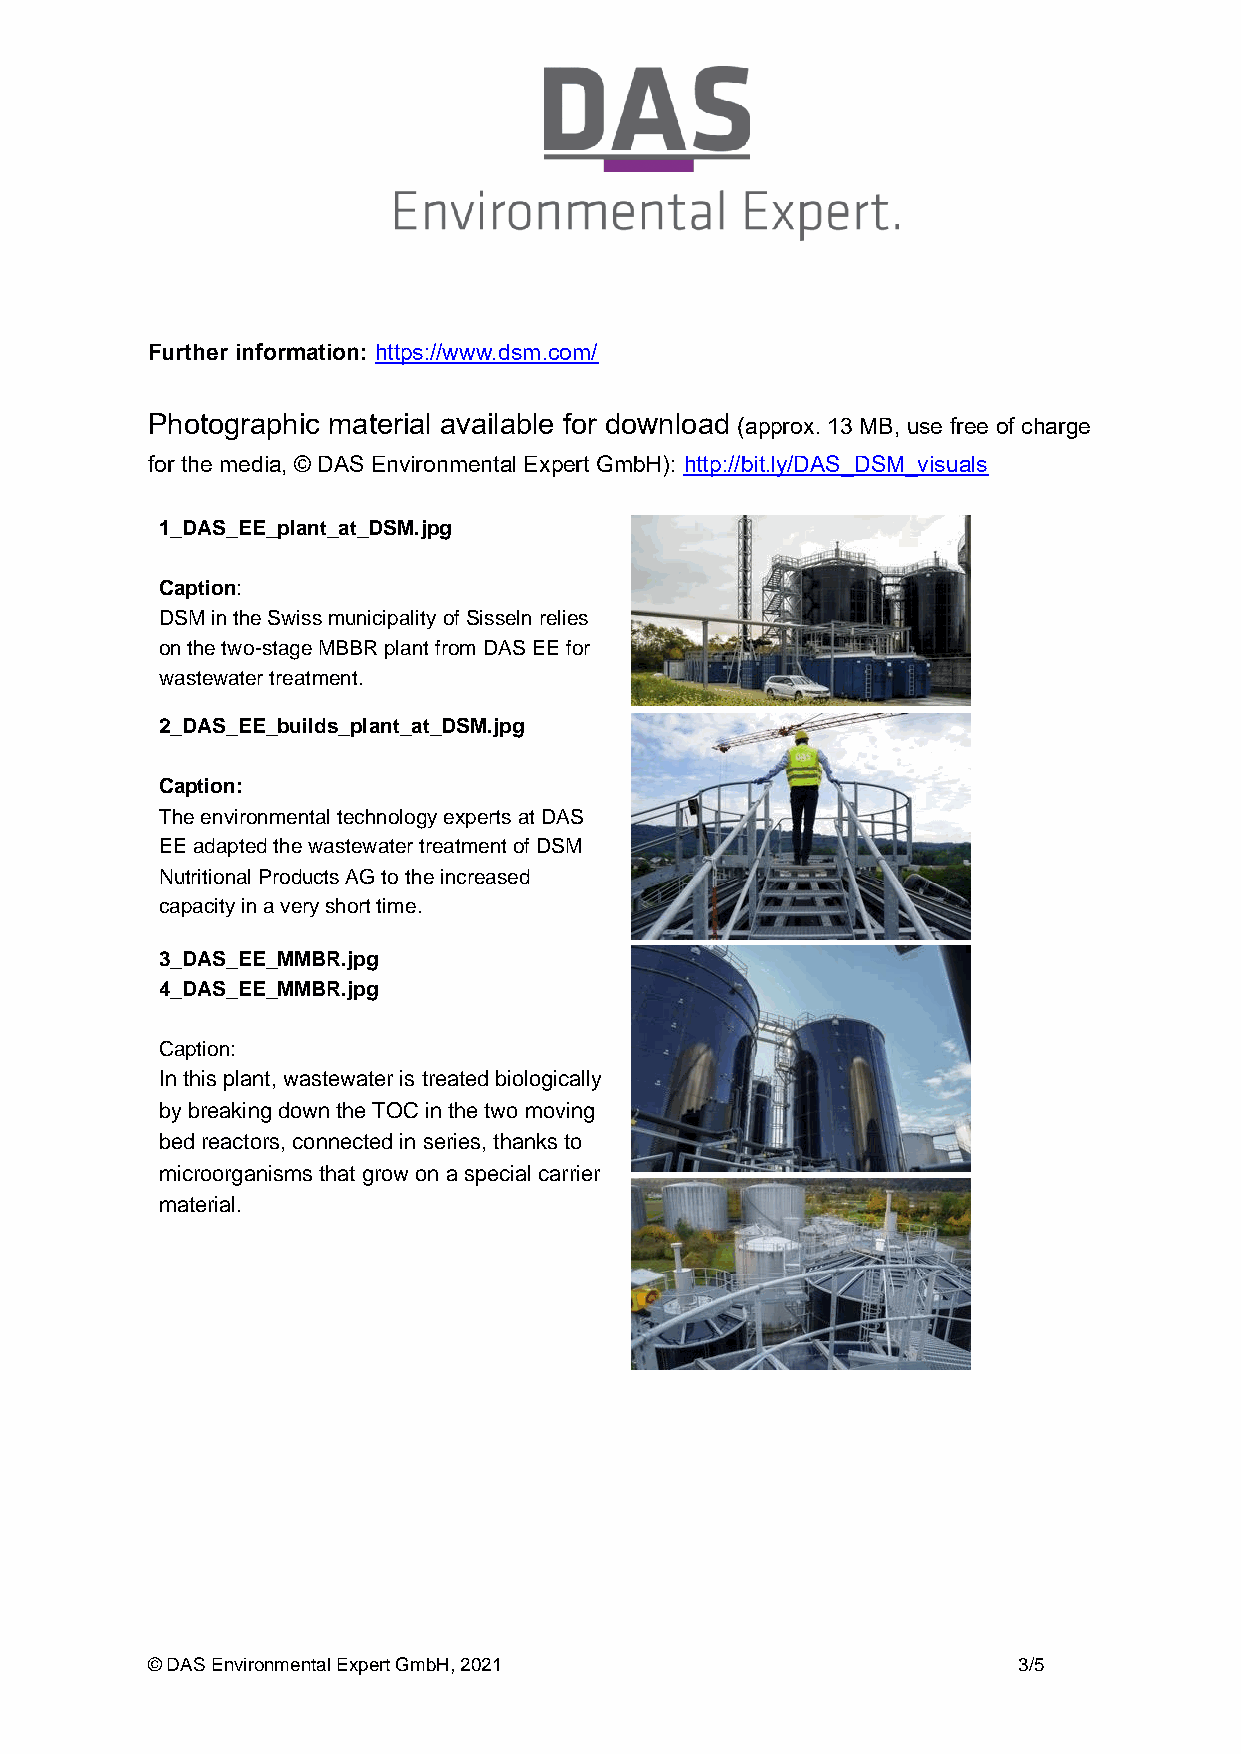
Further information: https://www.dsm.com/
 Photographic material available for download (approx. 13 MB, use free of charge
 for the media, © DAS Environmental Expert GmbH): http://bit.ly/DAS_DSM_visuals
 1_DAS_EE_plant_at_DSM.jpg
 Caption:
 DSM in the Swiss municipality of Sisseln relies
 on the two-stage MBBR plant from DAS EE for
 wastewater treatment.
 2_DAS_EE_builds_plant_at_DSM.jpg
 Caption:
 The environmental technology experts at DAS
 EE adapted the wastewater treatment of DSM
 Nutritional Products AG to the increased
 capacity in a very short time.
 3_DAS_EE_MMBR.jpg
 4_DAS_EE_MMBR.jpg
 Caption:
 In this plant, wastewater is treated biologically
 by breaking down the TOC in the two moving
 bed reactors, connected in series, thanks to
 microorganisms that grow on a special carrier
 material.
 © DAS Environmental Expert GmbH, 2021                    3/5